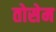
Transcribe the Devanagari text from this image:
तोसेम